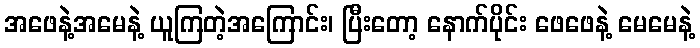
အဖေနဲ့အမေနဲ့ ယူကြတဲ့အကြောင်း၊ ပြီးတော့ နောက်ပိုင်း ဖေဖေနဲ့ မေမေနဲ့